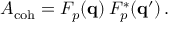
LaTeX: A _ { \mathrm { c o h } } = F _ { p } ( { \bf q } ) \, F _ { p } ^ { * } ( { \bf q } ^ { \prime } ) \, .